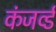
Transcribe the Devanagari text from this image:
कंजर्व्ड